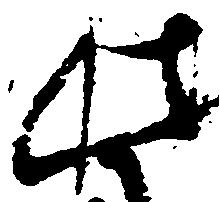
此